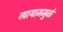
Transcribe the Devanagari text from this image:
व्यायाममुळे